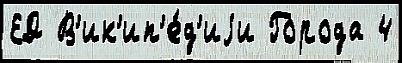
ЕД В'ик'ип'е́д'иjи Города 4